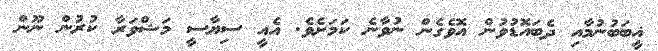
ޣީބަބުނުމާއި ދެބައޮޑުވުން އޮވެގެން ނުވާނެ ކަމަށެވެ. އެއީ ސިޔާސީ މަޝްވަރާ ކުރުން ނޫން